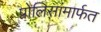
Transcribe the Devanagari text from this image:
पोलिसांमार्फत